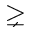
\gneq